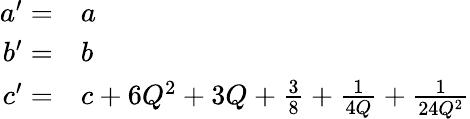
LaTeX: \begin{array}{rl}{a^{\prime}=}&{{}a}\\ {b^{\prime}=}&{{}b}\\ {c^{\prime}=}&{{}c+6Q^{2}+3Q+\frac{3}{8}+\frac{1}{4Q}+\frac{1}{24Q^{2}}}\end{array}